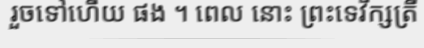
រួចទៅហើយ ផង ។ ពេល នោះ ព្រះទេវីក្សត្រី